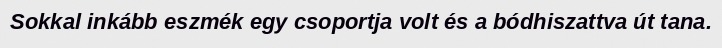
Sokkal inkább eszmék egy csoportja volt és a bódhiszattva út tana.